Civil Veterinary Department. United Provinces 1912-22 - 1912-1922
Year: 1912
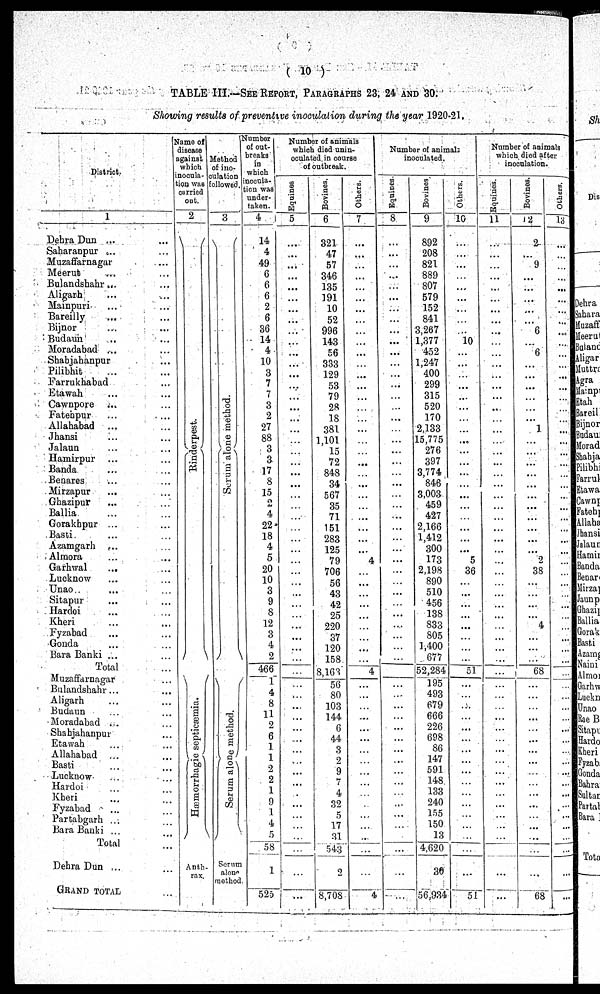
(10)
TABLE III.—SEE REPORT, PARAGRAPHS 23, 24 AND 30.
Showing results of preventive inoculation during the year 1920-21.
District.
1
Dehra Dun ... ...
Saharanpur .... ...
Muzaffarnagar ... ...
Meerub ... ...
Bulandshahr... ...
Aligarh ... ...
Mainpuri ... ...
Bareilly ... ...
Bijnor ... ...
Budaum ... ...
Moradabad ... ...
Shabjahanpur ...
Pilibhit ... ...
Farrukhabad ...
Etawah ... ...
Cawopore ... ...
Fatehur
... ...
Allahabad
Jhansi . . . . . .
Jalaun ... ...
Hamirpur ... ...
Banda ... ...
Benares ... ...
Mirzapur
... ...
Ghazipur ... ...
Ballia ... ...
Gorakhpur ... ...
Basti ... ...
Azamgarh ... ...
Almora ... ...
Garhwal
... ...
Lucknow ... ...
Unao ... ...
Sitapur ... ...
Hardoi ... ...
Kheri ... ...
Fyzabad ... ...
Gonda ... ...
Bara Banki ... ...
Total ...
Muzaffarnagar ...
Bulandshahr... ...
Aligarh ... ...
Budaun ... ...
Moradabad ... ...
Shabjahanpur ...
Etawah ... ...
Allahabad ...
Basti ... ...
Lucknow ... ...
Hardoi ... ...
Kheri ... ...
Fyzabad ... ...
Partabgarh ...
...
Bara Banki ... ...
Total
...
Dehra Dun ... ...
GRAND TOTAL ...
Name of
disease
against
which
inocula-
tion was
curried
out.
2
Ri nder pes t
.
Hæmorrhagic septicæmia.
Anth-
rax.
Method
of ino-
culation
followed.
3
Se r
um alone method.
Se r
um alone method.
Seram
along
method
Number
of out-
breaks
in
which
inocula-
tion was
under-
taken.
4
14
4
49
6
6
6
2
6
36
14
4
10
3
7
7
3
2
27
88
3
3
17
8
15
2
4
22
18
4
5
20
10
3
9
8
12
3
4
2
...
1
4
8
11
2
6
1
1
2
2
1
9
1
4
5
58
1
525
Number of animals
which died unin-
coulated in coarse
of outbreak.
Equines
5
...
...
...
...
...
...
...
...
...
...
...
...
...
...
...
...
...
...
...
...
...
...
...
...
...
...
...
...
...
...
...
...
...
...
...
...
...
...
...
...
...
...
... ...
... ...
...
...
...
...
...
...
...
...
...
...
...
...
Bovines.
6
321
47
57
340
135
191
10
52
996
143
56
333
129
53
79
28
18
381
1,101
15
72
848
34
567
35
71
151
283
125
79
706
56
43
42
25
220
37
120
158
8,163
50
80
103
144
44
3
2
9
7
4
32
5
17
31
543
2
8,708
Others.
7
...
...
...
...
...
...
...
...
...
...
...
...
...
...
...
...
...
...
...
...
...
...
...
...
...
...
...
...
...
4
...
...
...
...
...
...
...
...
...
4
...
...
...
...
...
...
...
...
...
...
...
...
...
...
...
...
...
4
Number of
animals
inoculated.
Equines.
8
...
...
...
...
...
...
...
...
...
...
...
...
...
...
...
...
...
...
...
...
...
...
...
...
...
...
...
...
...
...
...
...
...
...
...
...
...
...
...
... ...
... ...
...
...
...
...
...
...
...
...
...
...
...
...
...
...
Bovines
9
892
208
821
889
807
579
152
841
3,267
1,377
452
1,247
400
299
315
520
170
2,133
15,775
276
397
3,774
846
3,003
459
427
2,166
1,412
300
173
2,198
890
510
456
138
833
805
1,400
677
52,284
195
493
...
679
606
226
698
86
147
591
148
133
240
155
150
13
4,620
30
56,934
Others.
10
...
...
...
...
...
...
...
...
..
10
...
...
...
...
...
...
...
...
...
...
...
...
...
...
...
...
...
...
5
36
...
...
...
...
...
...
...
...
51 ...
...
...
...
...
...
...
...
...
...
...
...
...
...
...
...
...
...
51
Number of animals
which died after
inoculation.
Equines.
11
...
...
...
...
...
...
...
...
...
...
...
...
...
...
...
...
...
...
...
...
...
...
...
...
...
...
...
...
...
...
...
...
...
...
...
...
...
...
...
...
...
...
...
... ...
...
...
...
...
... ...
...
...
...
...
...
...
Bovines.
12
2
...
9
...
...
...
...
...
6
...
6
...
...
...
...
...
...
1
...
...
...
...
...
...
...
...
...
...
...
2
38
...
...
...
...
4
...
...
...
68
... ...
...
...
...
...
...
...
...
...
...
...
...
...
...
...
...
...
68
Others.
13
...
...
...
...
...
...
...
...
...
...
...
...
...
...
...
...
...
...
...
...
...
...
...
...
...
...
...
...
...
...
...
...
...
...
...
...
...
...
...
...
... ...
...
...
...
...
...
...
...
...
...
...
...
...
...
...
...